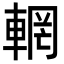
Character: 輞